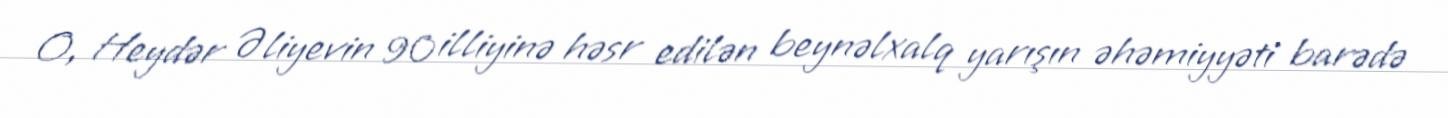
O, Heydər Əliyevin 90 illiyinə həsr edilən beynəlxalq yarışın əhəmiyyəti barədə